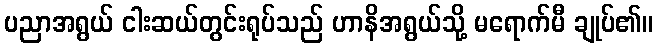
ပညာအရွယ် ငါးဆယ်တွင်းရုပ်သည် ဟာနိအရွယ်သို့ မရောက်မီ ချုပ်၏။